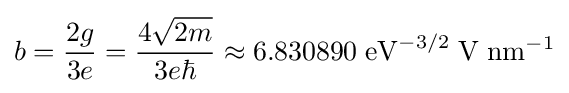
b={\frac {2g}{3e}}={\frac {4{\sqrt {2m}}}{3e\hbar }}\approx 6.830890\;{\mathrm {eV} }^{-3/2}\;\mathrm {V} \;{\mathrm {nm} }^{-1}